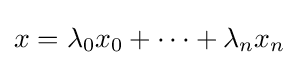
x=\lambda _{0}x_{0}+\dots +\lambda _{n}x_{n}